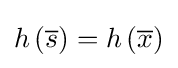
h\left({\overline {s}}\right)=h\left({\overline {x}}\right)